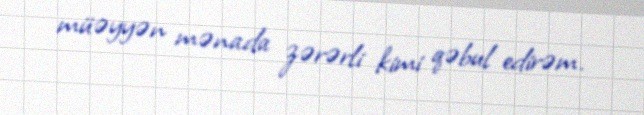
müəyyən mənada zərərli kimi qəbul edirəm.